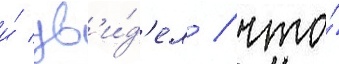
и́ ув'и́д'ел / что́